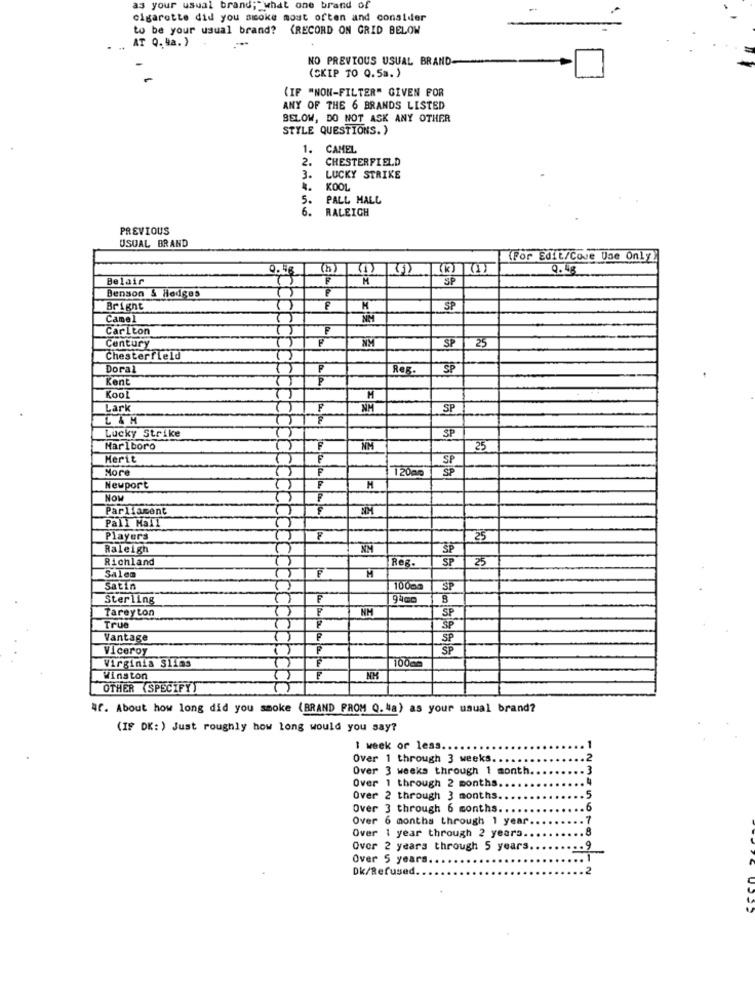
as your usual brand; what one brand of
cigarette did you awoke mout often and conalder
to be your usual brand? (RECORD ON GRID BELOW
AT Q.4a. )
NO PREVIOUS USUAL BRAND-
(SKIP TO Q.5a. )
{IF "NON-FILTER" GIVEN FOR
ANY OF THE 6 BRANDS LISTED
BELOW, DO NOT ASK ANY OTHER
STYLE QUESTIONS.)
1.
CAMEL
2.
CHESTERFIELD
LUCKY STRIKE
KOOL
5.
PALL MALL
6.
RALEIGH
PREVIOUS
USUAL BRAND
(For Edit/Cove Use Only
9.48
Belair
1.
SP
Benson & Hedges
Bright
F
SP
Camel
NM
Carlton
F
SP
Century
25
Chesterfield
Doral
Reg.
SP
Ken
P
Kool
M
Lark
F
NM
SP
L &M
Lucky Strike
SP
Marlboro
NM
25
Merit
SP
More
F
12000
SP
Newport
F
H
NOM
Parliament
Pall Mall
Players
F
25
Raleigh
NM
SP
Richland
Reg.
SP
25
M
Salem
Satin
100ac
SP
Sterling
F
94cc
F
NM
SP
Tareyton
True
Vantage
SP
Viceroy
SF
Virginia Slims
Winston
F
NK
OTHER (SPECIFY)
Af. About how long did you smoke (BRAND PROM Q. 4a) as your usual brand?
(IF DK: ) Just roughly how long would you say?
1 week or less.
Over 1 through 3 weeks
Over 3 weeks through 1 month.
Over 1 through 2 months
Over 2 through 3 months
Over 3 through 6 months.
Over 6 months through 1 year
Over 1 year through 2 years.
23456199
Over 2 years through 5 years.
Over 5 years.
Dk/Refused.